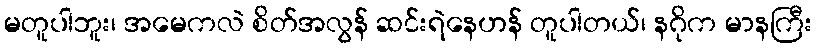
မတူပါဘူး၊ အမေကလဲ စိတ်အလွန် ဆင်းရဲနေဟန် တူပါတယ်၊ နဂိုက မာနကြီး